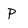
Character: P